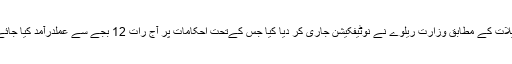
تفصیلات کے مطابق وزارت ریلوے نے نوٹیفکیشن جاری کر دیا کیا جس کےتحت احکامات پر آج رات 12 بجے سے عملدرآمد کیا جائے گا۔